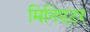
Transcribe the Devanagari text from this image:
मिनिएटर